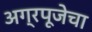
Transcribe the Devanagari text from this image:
अग्रपूजेचा